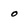
Character: o